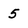
Character: 5